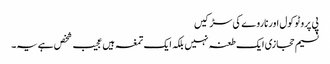
پی پروٹو کول اور ناروے کی سڑکیں
نسیم حجازی ایک طعنہ نہیں بلکہ ایک تمغہ ہیں	عجیب شخص ہے یہ۔